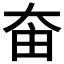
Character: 𡘒